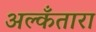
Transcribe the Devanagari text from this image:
अल्कँतारा